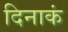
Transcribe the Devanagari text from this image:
दिनाकं